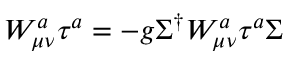
{ \cal W } _ { \mu \nu } ^ { a } \tau ^ { a } = - g \Sigma ^ { \dagger } W _ { \mu \nu } ^ { a } \tau ^ { a } \Sigma \, \,